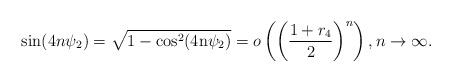
\begin{align*} \sin(4n\psi_{2})=\sqrt{1-\rm{cos}^{2}(4n\psi_{2})}=o\left(\left(\frac{1+r_{4}}{2}\right)^{n}\right), n\to\infty.\end{align*}